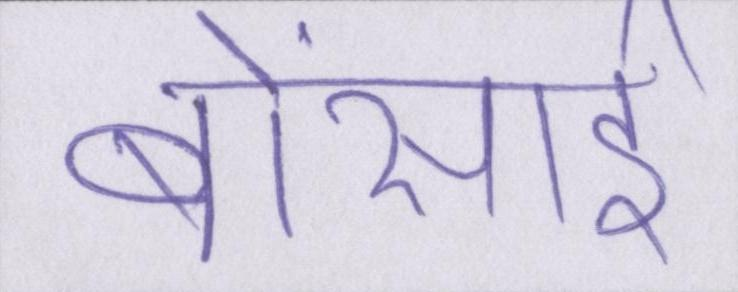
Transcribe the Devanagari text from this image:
बोंसाई